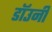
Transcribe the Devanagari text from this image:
डाॅउनी